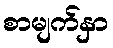
စာမျက်နှာ